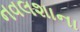
નવલશાના